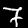
Label: 7